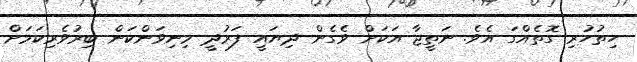
ހިތުހުރި ގޮތެއްގަ އެވެ. ނަތީޖާ އަކަށް ވެގެން ދިޔައީ ފަރުދީ މިނިވަންކަން ބިރުވެރިކަމަށް